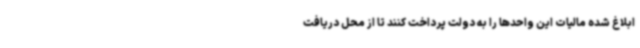
ابلاغ شده مالیات این واحدها را به دولت پرداخت کنند تا از محل دریافت